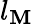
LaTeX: l_{\mathbf{M}}